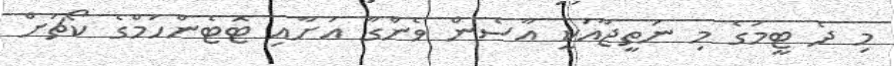
މި ދެ ޓީމުގެ މި ނަތީޖާއަކީ އާސެން ވެންގާ އަށާއި ޓޮޓެންހަމްގެ ކޯޗަށް